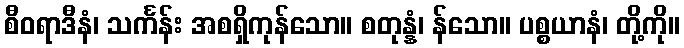
စီဝရာဒီနံ၊ သင်္ကန်း အစရှိကုန်သော။ စတုန္နံ၊ န်သော။ ပစ္စယာနံ၊ တို့ကို။